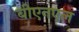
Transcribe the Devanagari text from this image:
बीएनएल